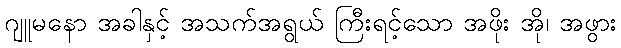
ဂျူမနော အခါနှင့် အသက်အရွယ် ကြီးရင့်သော အဖိုး အို၊ အဖွား